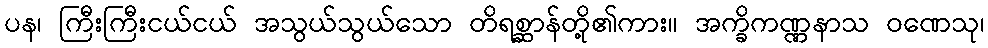
ပန၊ ကြီးကြီးငယ်ငယ် အသွယ်သွယ်သော တိရစ္ဆာန်တို့၏ကား။ အက္ခိကဏ္ဏနာသ ဝဏေသု၊